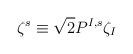
LaTeX: \begin{align*}\zeta^s \equiv {\sqrt{2}} P^{I, s} \zeta_I\end{align*}